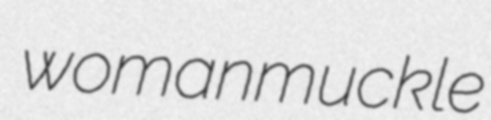
womanmuckle